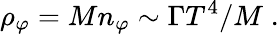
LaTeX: \rho_{\varphi}=Mn_{\varphi}\sim\Gamma T^{4}/M\; .